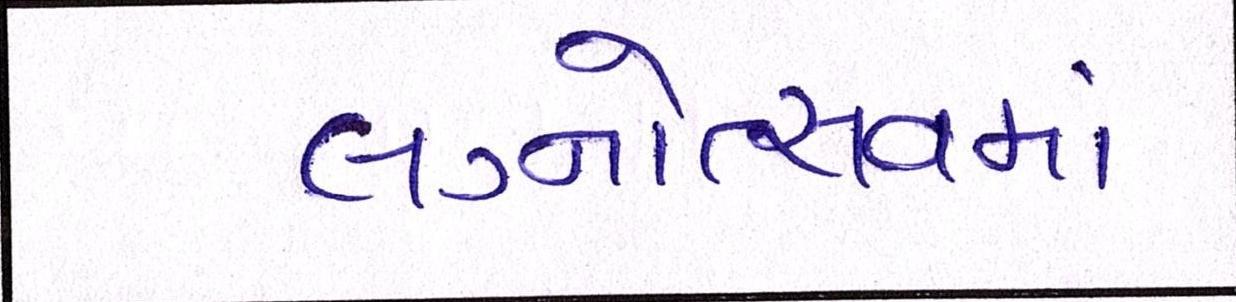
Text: લગ્નોત્સવમાં